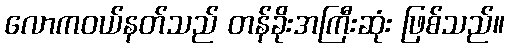
လောကဝယ်နတ်သည် တန်ခိုးအကြီးဆုံး ဖြစ်သည်။